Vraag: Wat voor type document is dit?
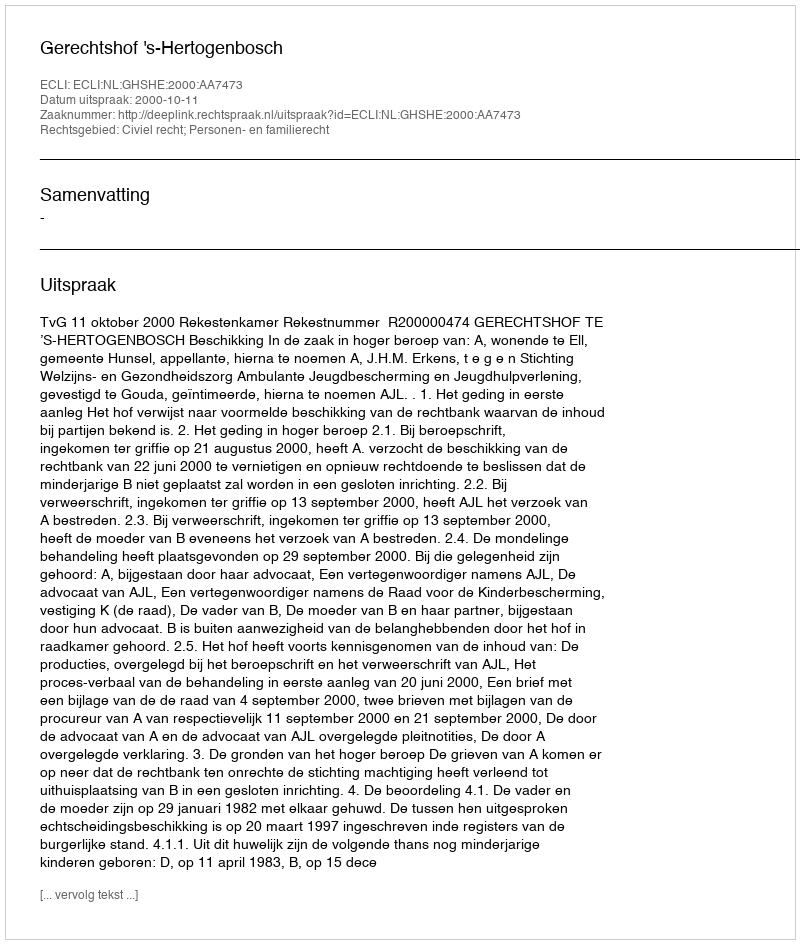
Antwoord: Uitspraak